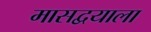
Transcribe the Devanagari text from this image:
मासद्वयाला